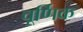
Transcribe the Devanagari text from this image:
चूर्णिक